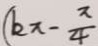
( k x - \frac { \pi } { 4 }